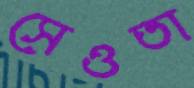
সেওতা